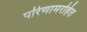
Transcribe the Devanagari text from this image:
परिणामरहित